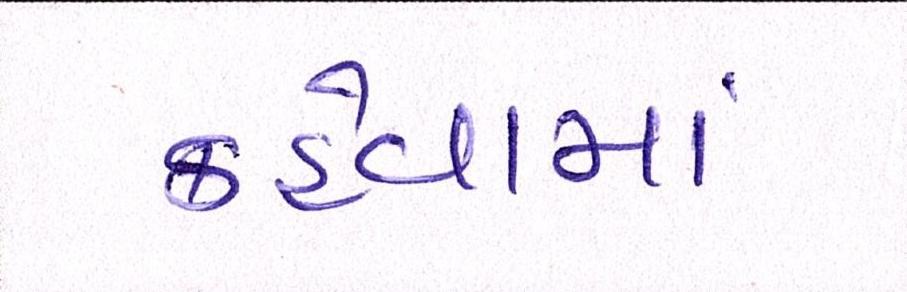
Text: કહેવામાં